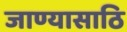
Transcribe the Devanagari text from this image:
जाण्यासाठि